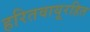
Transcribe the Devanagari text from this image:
हरितवायूरहित